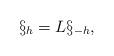
LaTeX: \begin{align*}\S_h=L\S_{-h},\end{align*}